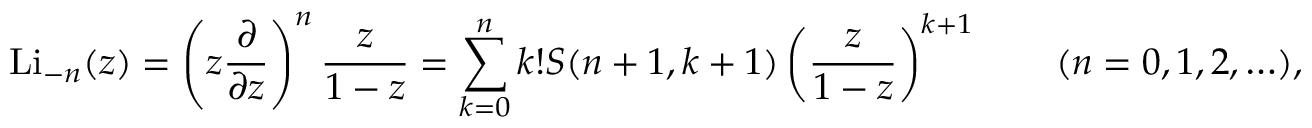
\operatorname { L i } _ { - n } ( z ) = \left( z { \frac { \partial } { \partial z } } \right) ^ { n } { \frac { z } { 1 - z } } = \sum _ { k = 0 } ^ { n } k ! S ( n + 1 , k + 1 ) \left( { \frac { z } { 1 - z } } \right) ^ { k + 1 } \qquad ( n = 0 , 1 , 2 , \ldots ) ,